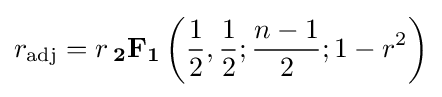
r_{\text{adj}}=r\,\mathbf {_{2}F_{1}} \left({\frac {1}{2}},{\frac {1}{2}};{\frac {n-1}{2}};1-r^{2}\right)